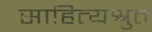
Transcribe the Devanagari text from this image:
साहित्यश्रुत